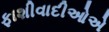
ફાશીવાદીઓએ